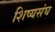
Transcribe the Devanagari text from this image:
शिष्यसंघ